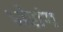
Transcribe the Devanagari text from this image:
पोरांग